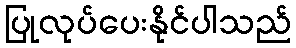
ပြုလုပ်ပေးနိုင်ပါသည်